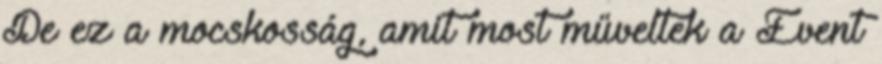
De ez a mocskosság, amit most műveltek a Event